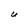
Character: U